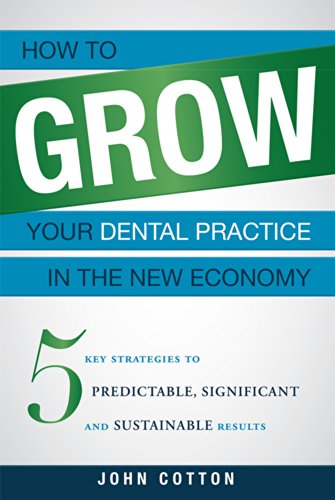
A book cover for How To Grow Your Dental Practice In The New Economy: 5 Key Strategies to Predictable, Significant and Sustainable Results; John Cotton; Medical Books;